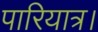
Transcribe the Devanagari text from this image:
पारियात्र।